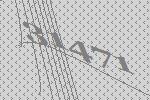
31471